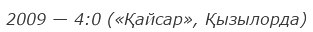
2009 — 4:0 («Қайсар», Қызылорда)